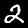
Digit: 2